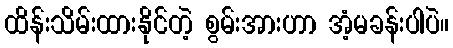
ထိန်းသိမ်းထားနိုင်တဲ့ စွမ်းအားဟာ အံ့မခန်းပါပဲ။